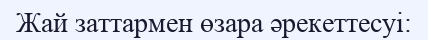
Жай заттармен өзара әрекеттесуі: